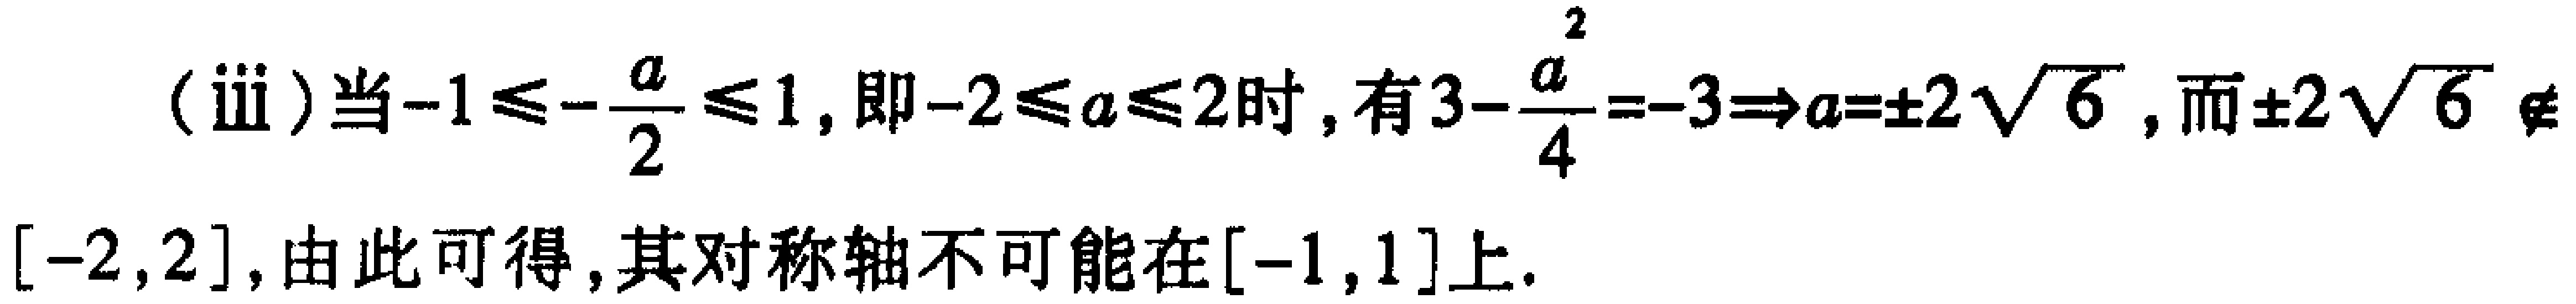
(iii) 当\(-1\leqslant -\frac{a}{2}\leqslant 1\)，即\(-2\leqslant a\leqslant 2\)时，有\(3 - \frac{a^{2}}{4}=-3\Rightarrow a = \pm 2\sqrt{6}\)，而\(\pm 2\sqrt{6}\notin[-2,2]\)，由此可得，其对称轴不可能在\([-1,1]\)上.